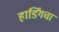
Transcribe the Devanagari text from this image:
हार्डिंगचा